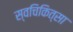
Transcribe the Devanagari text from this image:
स्वचिकित्सा